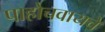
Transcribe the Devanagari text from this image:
पाहोचवायचे